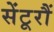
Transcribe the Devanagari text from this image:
सेंटूरौं